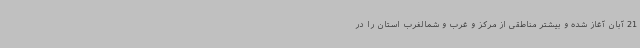
21 آبان آغاز شده و بیشتر مناطقی از مرکز و غرب و شمالغرب استان را در